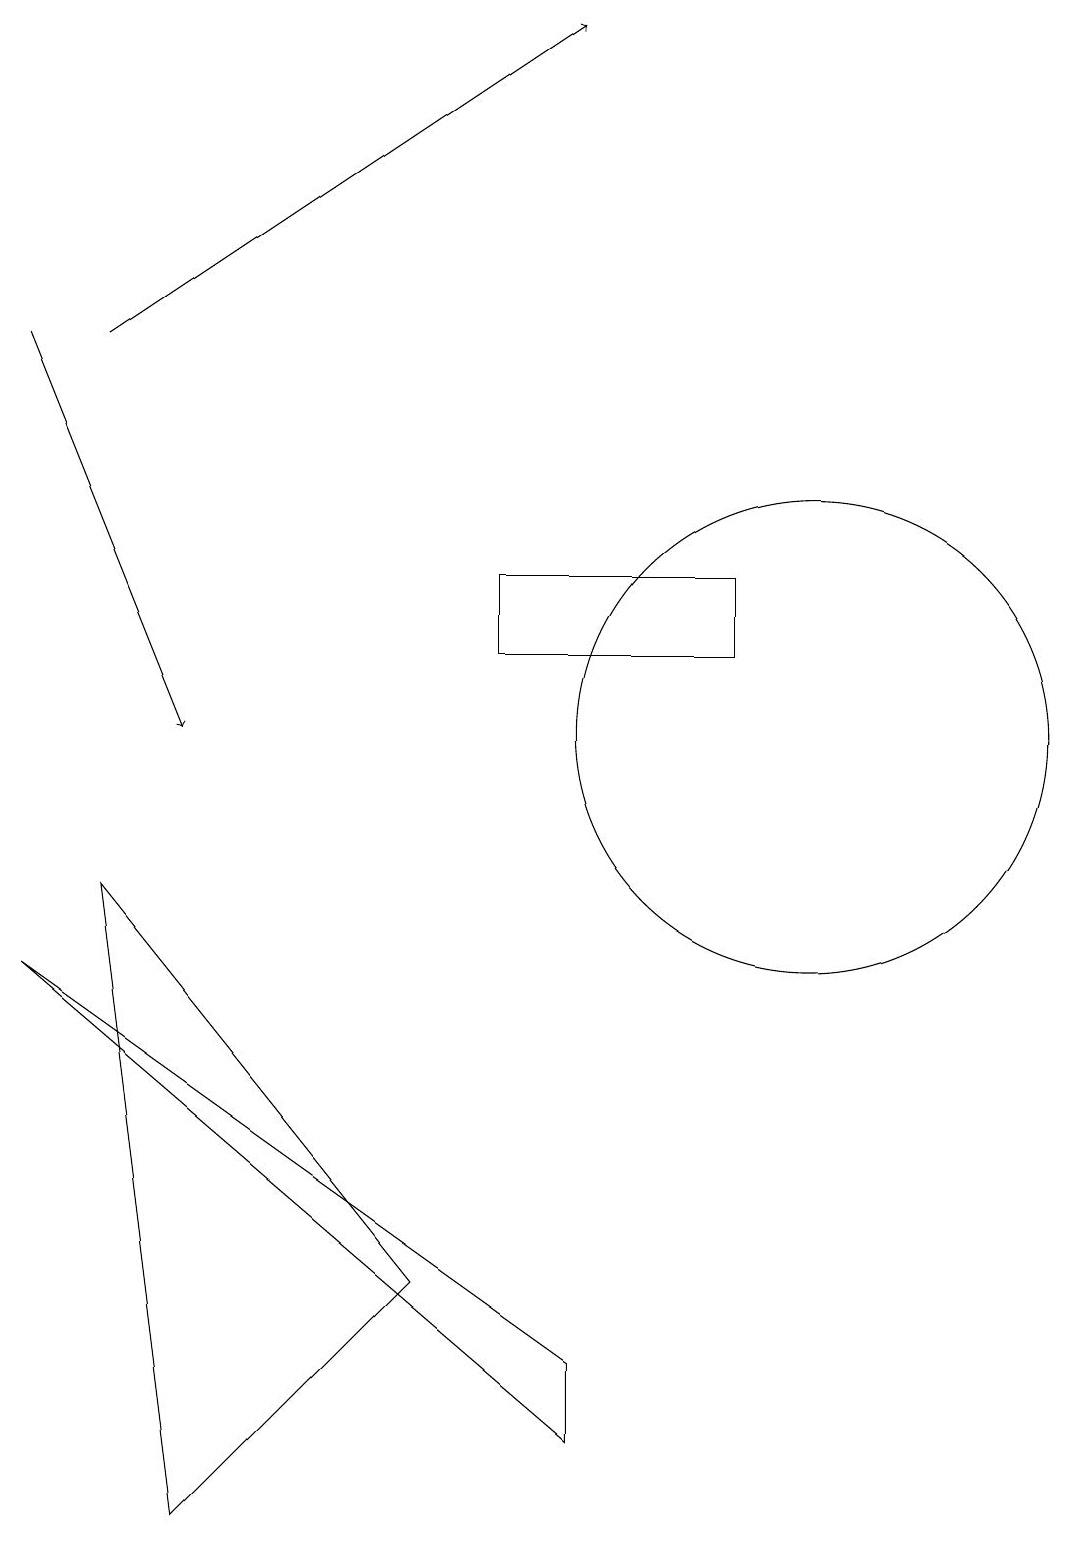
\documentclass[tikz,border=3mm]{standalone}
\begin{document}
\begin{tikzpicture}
\draw[->] (1,15) -- (7,19);
\draw (10,10) circle (3);
\draw[->] (0,15) -- (2,10);
\draw (5,3) -- (2,0) -- (1,8) -- cycle;
\draw (7,1) -- (0,7) -- (7,2) -- cycle;
\draw (6,12) rectangle (9,11);
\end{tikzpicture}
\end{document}